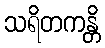
သရိတကန္တိ